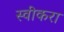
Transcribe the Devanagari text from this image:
स्वीकरा